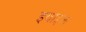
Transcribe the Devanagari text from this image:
इवाइल